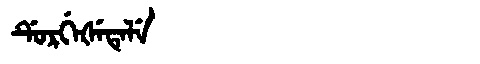
Manchu: ᡩᡠᡵᡤᡝᡧᡝᡨᡝᠯᡝ
Romanization: DURGEŠETELE